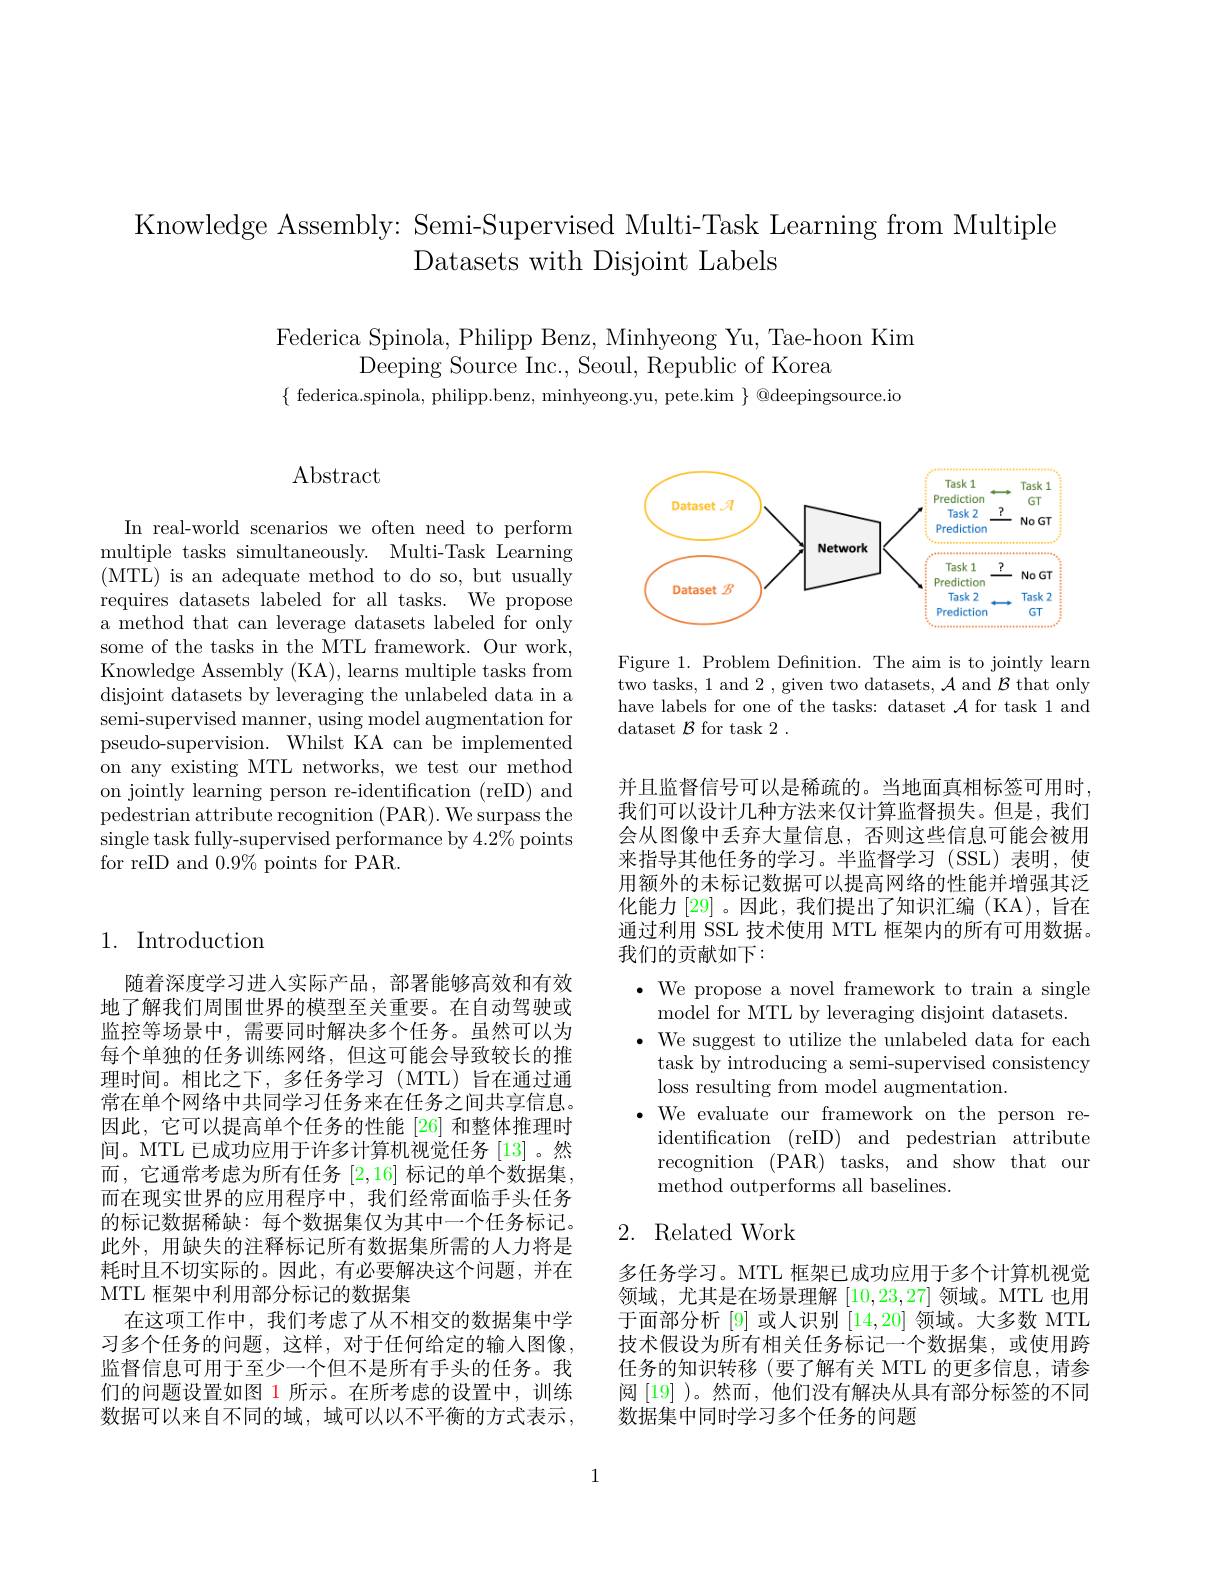
Knowledge Assembly: Semi-Supervised Multi-Task Learning from Multiple
Datasets with Disjoint Labels

Federica Spinola, Philipp Benz, Minhyeong Yu, Tae-hoon Kim
Deeping Source Inc., Seoul, Republic of Korea
$\{$ federica.spinola, philipp.benz, minhyeong.yu, pete.kim $\}@$deepingsource.io

## $\operatorname{Abstract}$

In real-world scenarios we often need to perform multiple tasks simultaneously. Multi-Task Learning (MTL) is an adequate method to do so, but usually requires datasets labeled for all tasks. We propose a method that can leverage datasets labeled for only some of the tasks in the MTL framework. Our work, Knowledge Assembly (KA), learns multiple tasks from disjoint datasets by leveraging the unlabeled data in a semi-supervised manner, using model augmentation for pseudo-supervision. Whilst KA can be implemented on any existing MTL networks, we test our method on jointly learning person re-identification (reID) and pedestrian attribute recognition (PAR). We surpass the single task fully-supervised performance by $4.2\%$ points for reID and $0.9\%$ points for PAR.

## 1. Introduction

随着深度学习进人实际产品，部署能够高效和有效地了解我们周围世界的模型至关重要。在自动驾驶或监控等场景中，需要同时解决多个任务。虽然可以为每个单独的任务训练网络，但这可能会导致较长的推理时间。相比之下，多任务学习(MTL)旨在通过通常在单个网络中共同学习任务来在任务之间共享信息。因此，它可以提高单个任务的性能 [26] 和整体推理时间。MTL 已成功应用于许多计算机视觉任务 [13]。然而，它通常考虑为所有任务[2,16]标记的单个数据集， 而在现实世界的应用程序中，我们经常面临手头任务的标记数据稀缺：每个数据集仅为其中一个任务标记。此外，用缺失的注释标记所有数据集所需的人力将是耗时且不切实际的。因此，有必要解决这个问题，并在MTL 框架中利用部分标记的数据集
在这项工作中，我们考虑了从不相交的数据集中学习多个任务的问题，这样，对于任何给定的输入图像， 监督信息可用于至少一个但不是所有手头的任务。我们的问题设置如图 1 所示。在所考虑的设置中，训练数据可以来自不同的域，域可以以不平衡的方式表示，

<FigureHere>

Figure 1. Problem Defnition. The aim is to jointly learn two tasks, 1 and 2 , given two datasets, $\mathcal{A}$ and $\mathcal{B}$ that only have labels for one of the tasks: dataset $\mathcal{A}$ for task 1 and dataset $\mathcal{B}$ for task 2 .

并且监督信号可以是稀疏的。当地面真相标签可用时， 我们可以设计几种方法来仅计算监督损失。但是，我们会从图像中丢弃大量信息，否则这些信息可能会被用来指导其他任务的学习。半监督学习(SSL)表明，使用额外的未标记数据可以提高网络的性能并增强其泛化能力[29] 。因此，我们提出了知识汇编 (KA),旨在通过利用 SSL 技术使用 MTL 框架内的所有可用数据。我们的贡献如下：

$\bullet$ We propose a novel framework to train a single
model for MTL by leveraging disjoint datasets.
$\cdot$ We suggest to utilize the unlabeled data for each
task by introducing a semi-supervised consistency
loss resulting from model augmentation.
·We evaluate our framework on the person re-
identification (reID) and pedestrian attribute recognition (PAR) tasks, and show that our method outperforms all baselines.

### 2. Related Work

多任务学习。MTL 框架已成功应用于多个计算机视觉领域，尤其是在场景理解[10,23,27]领域。MTL 也用于面部分析 [9] 或人识别[14,20]领域。大多数 MTL 技术假设为所有相关任务标记一个数据集，或使用跨任务的知识转移(要了解有关 MTL 的更多信息，请参阅 [19] )。然而，他们没有解决从具有部分标签的不同数据集中同时学习多个任务的问题

1